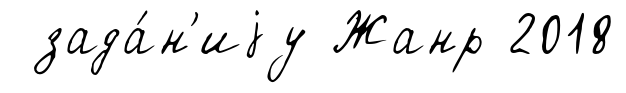
зада́н'иjу Жанр 2018